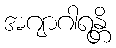
အဂျာဂါရန္တိ